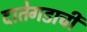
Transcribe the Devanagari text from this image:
दातेगडाची